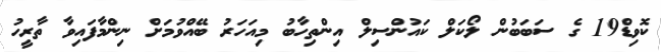
ކޮވިޑް19 ގެ ސަބަބުން ލޯކަލް ކައުންސިލް އިންތިހާބު މިއަހަރު ބޭއްވުމަށް ނިންމާފައިވާ ތާރީހު